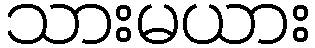
သားမယား